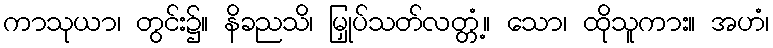
ကာသုယာ၊ တွင်း၌။ နိခညသိ၊ မြှုပ်သတ်လတ္တံ့။ သော၊ ထိုသူကား။ အဟံ၊